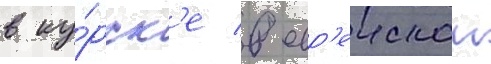
в ку́рск'е в евр'еискои